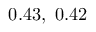
0 . 4 3 , \ 0 . 4 2